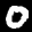
Label: 0